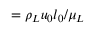
= \rho _ { L } u _ { 0 } l _ { 0 } / \mu _ { L }